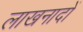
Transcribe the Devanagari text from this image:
लाखनादों